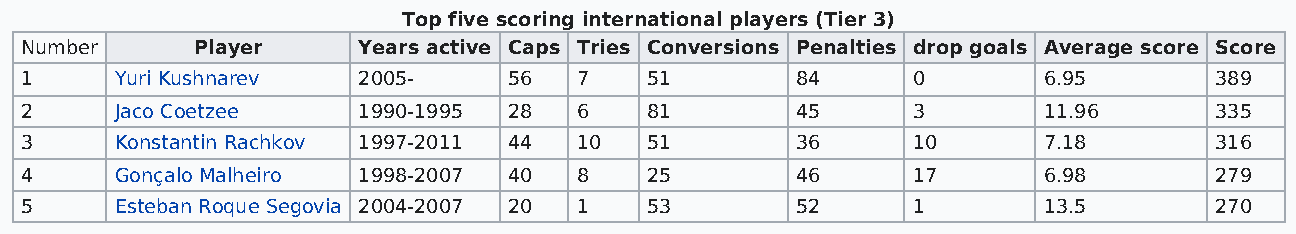
Top five scoring international players (Tier 3)
 Number      Player     Years active Caps Tries Conversions Penalties drop goals Average score Score
 1      Yuri Kushnarev  2005-     56  7    51        84     0        6.95       389
 2      Jaco Coetzee    1990-1995 28  6    81        45     3        11.96      335
 3      Konstantin Rachkov 1997-2011 44 10 51        36     10       7.18       316
 4      Gonçalo Malheiro 1998-2007 40 8    25        46     17       6.98       279
 5      Esteban Roque Segovia 2004-2007 20 1 53      52     1        13.5       270